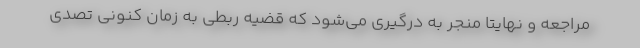
مراجعه و نهایتا منجر به درگیری می‌شود که قضیه ربطی به زمان کنونی تصدی